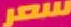
سعر